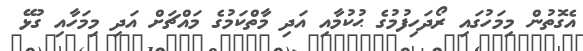
އެގޮތުން މިމަހުގައި ރޯދަހިފުމުގެ ޙުކުމާއި އަދި މާތްކަމުގެ މައްޗަށް އަދި މިމަހާއި ގުޅޭ